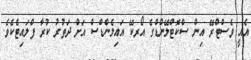
އެއީ ވެސްޓްރޭ އިން ސްކޮޓްލޭންޑްގެ އޯރކޭ އައިލެންޑްސް އަށް ދަތުރު ކުރާ ފްލައިޓެކެވެ.